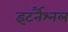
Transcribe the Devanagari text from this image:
इंटर्नैश्नल